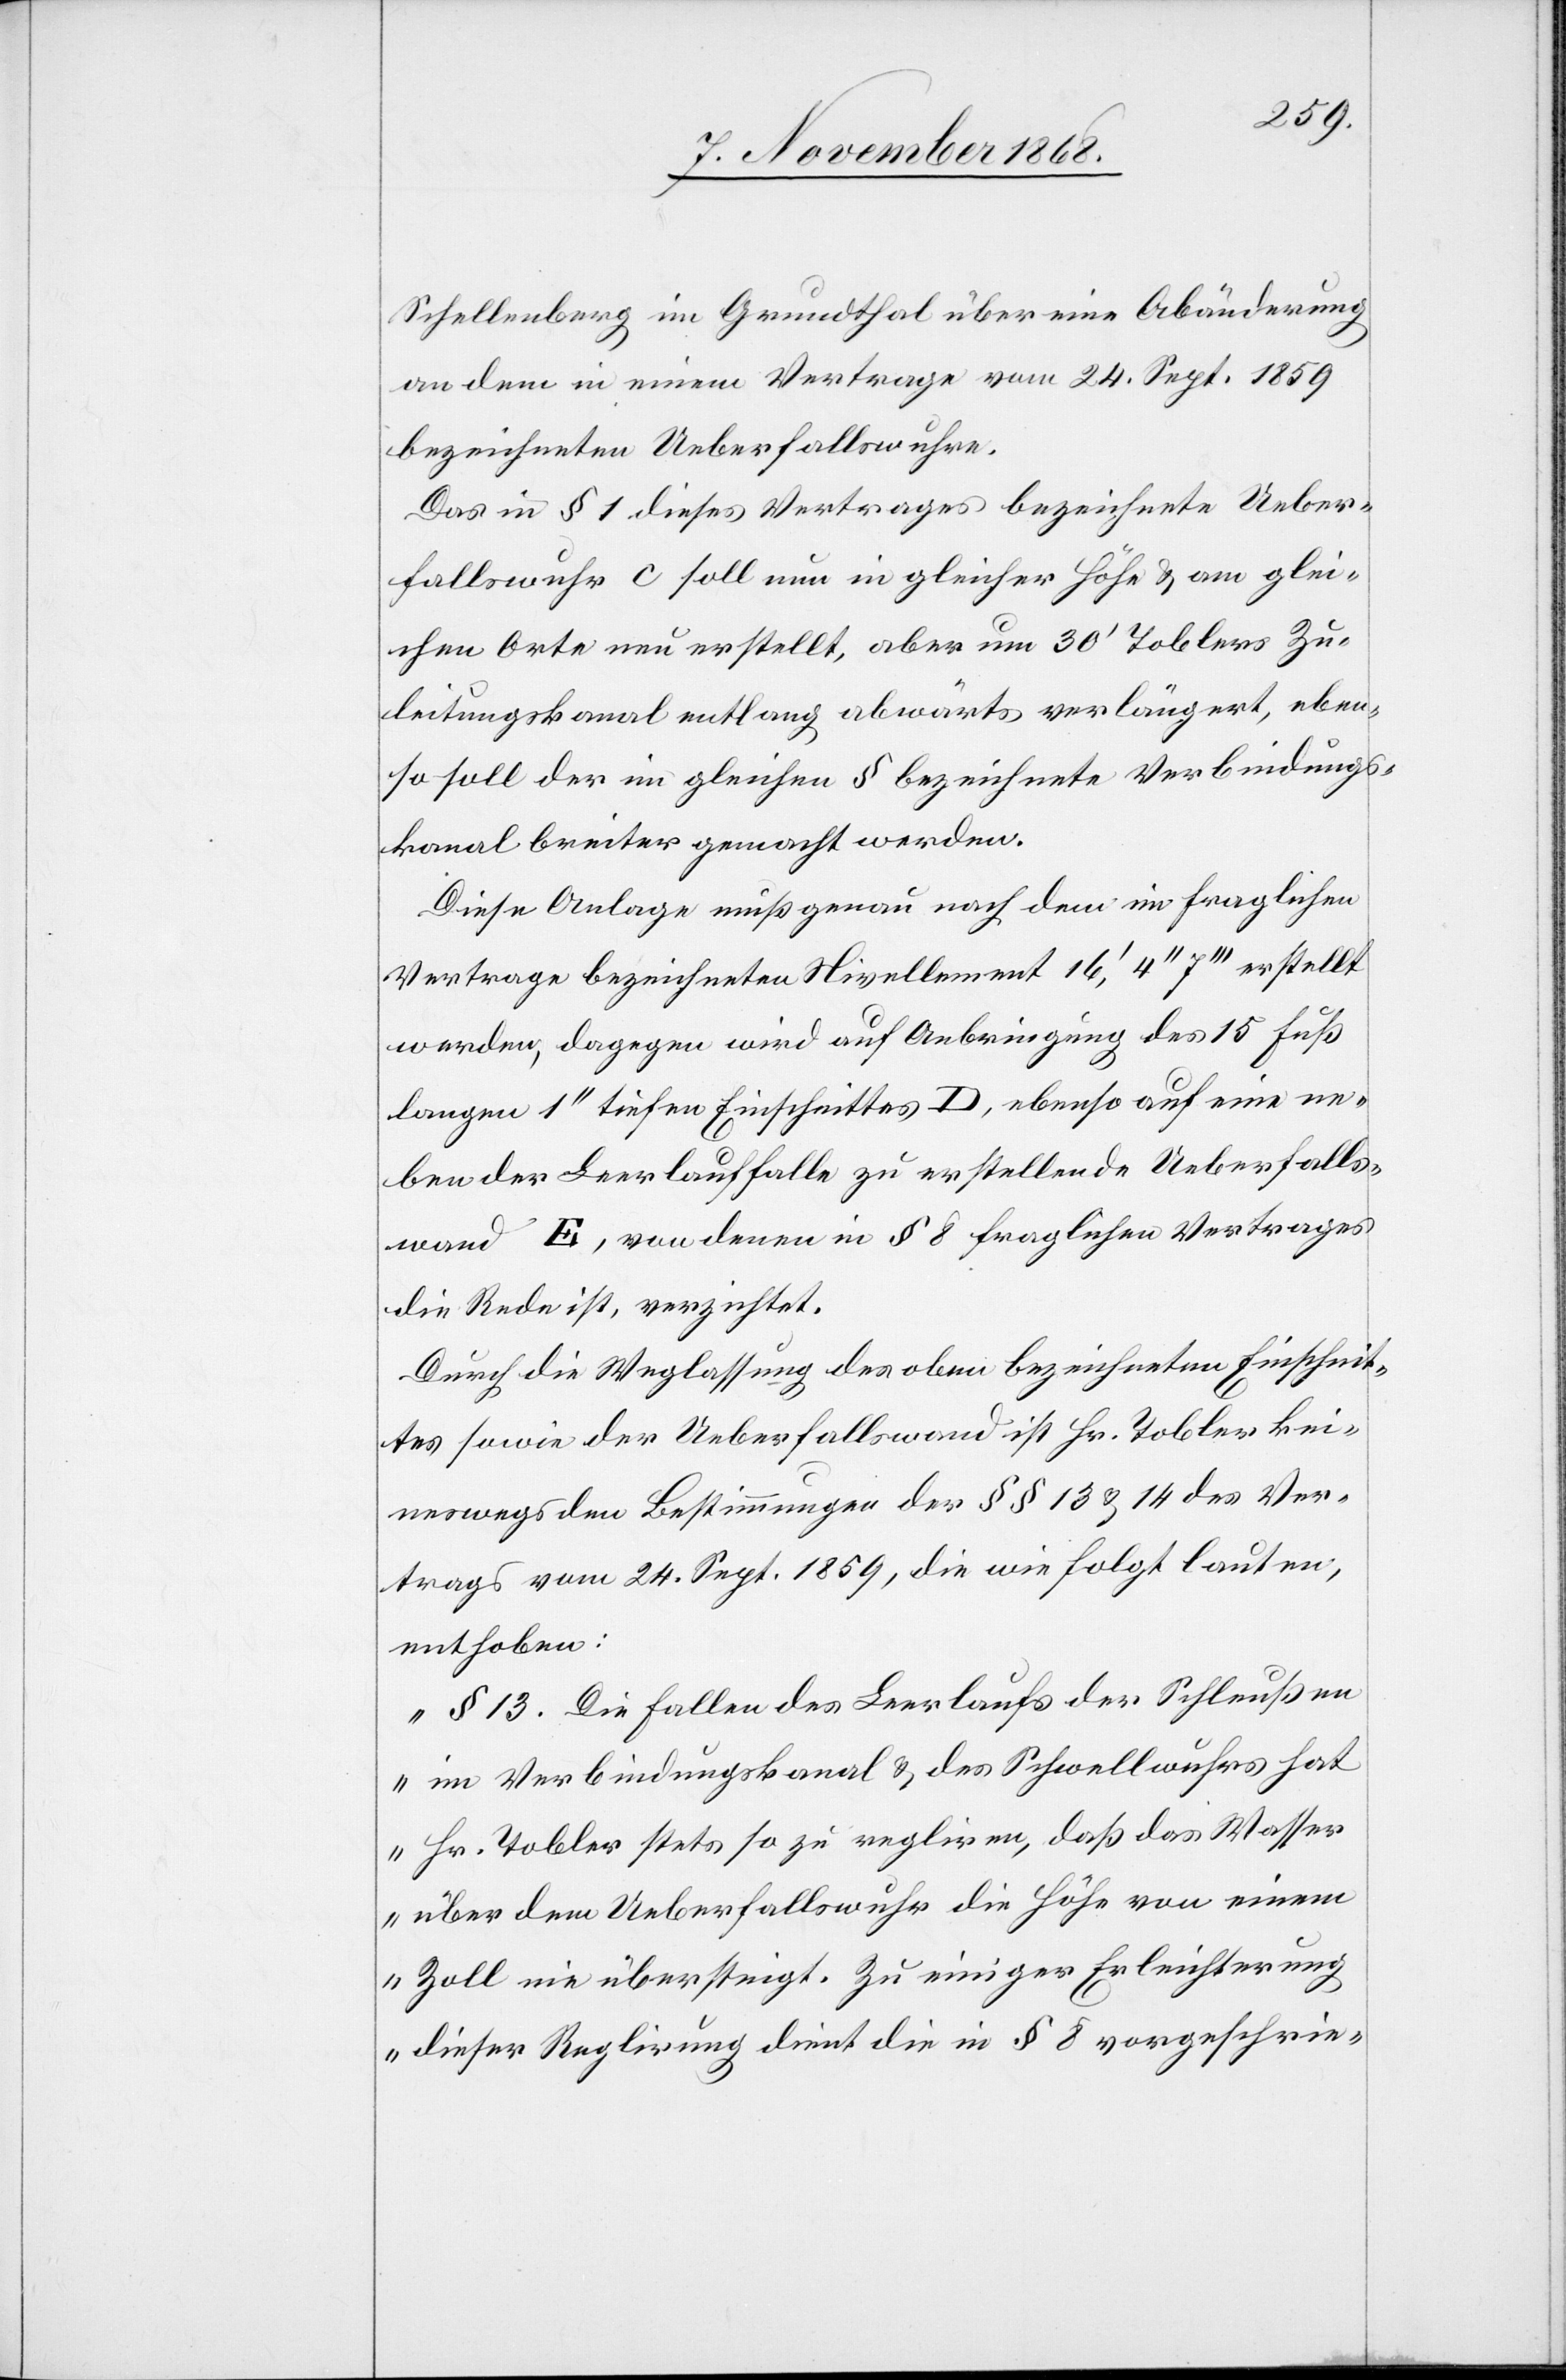
Schellenberg im Grundthal über eine Abänderung
an dem in einem Vertrage vom 24. Sept. 1859
bezeichneten Ueberfallswuhre.
Das in § 1 dieses Vertrages bezeichnete Ueber¬
fallswuhr c soll nun in gleicher Höhe & am glei¬
chen Orte neu erstellt, aber um 30‘ Toblers Zu¬
leitungskanal entlang abwärts verlängert, eben¬
so soll der im gleichen § bezeichnete Verbindungs¬
kanal breiter gemacht werden.
Diese Anlage muß genau nach dem im fraglichen
Vertrage bezeichneten Nivellement 16‘, 4‘‘ 7‘‘‘ erstellt
werden, dagegen wird auf Anbringung des 15 Fuß
langen 1‘‘ tiefen Einschnittes D, ebenso auf eine ne¬
ben der Leerlauffalle zu erstellende Ueberfalls¬
wand E, von denen in § 8 fraglichen Vertrages
die Rede ist, verzichtet.
Durch die Weglassung des oben bezeichneten Einschnit¬
tes sowie der Ueberfallswand ist Hr. Tobler kei¬
neswegs den Bestimmungen der §§ 13 & 14 des Ver¬
trags vom 24. Sept. 1859, die wie folgt lauten,
enthoben:
„§ 13. Die Fallen des Leerlaufs der Schleußen
im Verbindungskanal & des Schwellwuhrs hat
Hr. Tobler stets so zu regliren, daß das Wasser
über dem Ueberfallswuhr die Höhe von einem
Zoll nie übersteigt. Zu einiger Erleichterung
dieser Reglirung dient die in § 8 vorgeschrie-